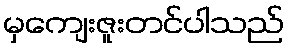
မှကျေးဇူးတင်ပါသည်